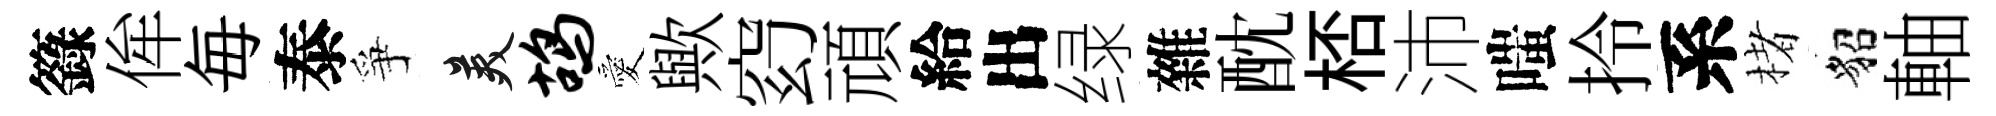
籙侔毎泰爭美鸪愛歟𥥆頑給出绿雜酖桮沛嗤拎系楮貂軸